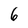
Character: 6